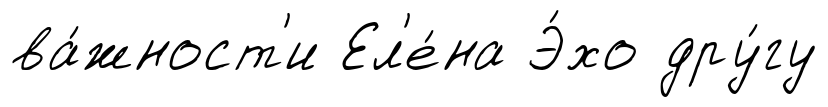
ва́жност'и Ел'е́на Э́хо дру́гу